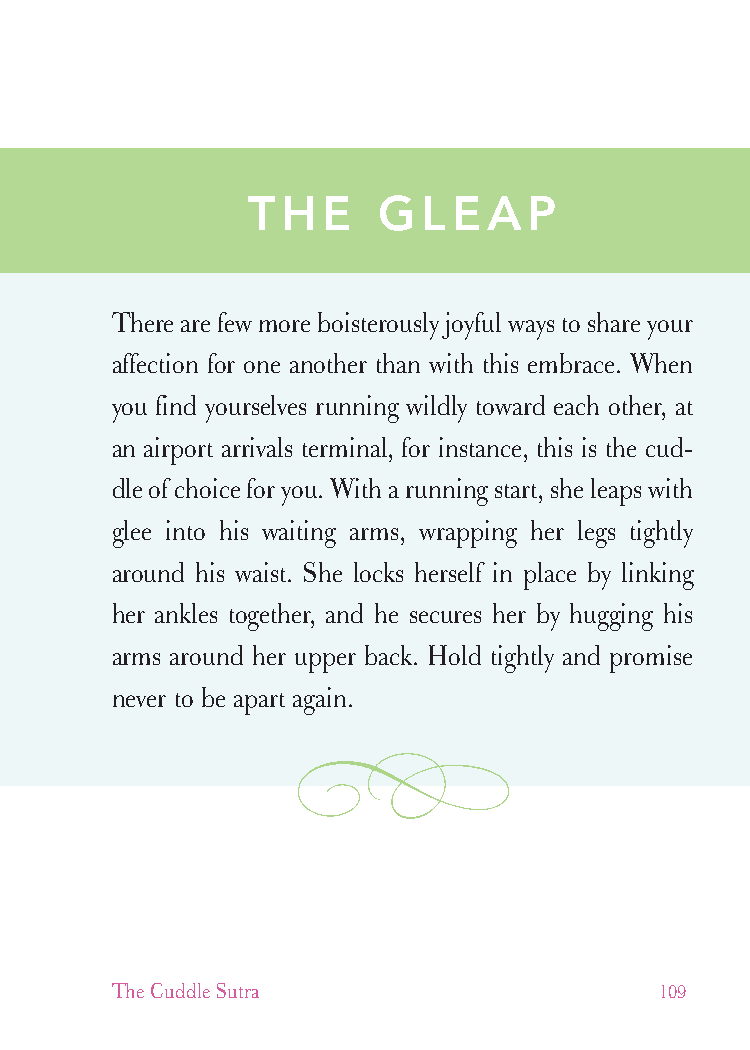
cudllesutra_internals1 7/16/07 2:51 PM Page 109
 THE     GLEAP
 There are few more boisterously joyful ways to share your
 affection for one another than with this embrace. When
 you find yourselves running wildly toward each other, at
 an airport arrivals terminal, for instance, this is the cud-
 dle of choice for you. With a running start, she leaps with
 glee into his waiting arms, wrapping her legs tightly
 around his waist. She locks herself in place by linking
 her ankles together, and he secures her by hugging his
 arms around her upper back. Hold tightly and promise
 never to be apart again.
 The Cuddle Sutra                     109